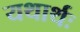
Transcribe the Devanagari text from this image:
यथार्थः